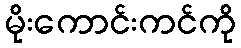
မိုးကောင်းကင်ကို